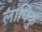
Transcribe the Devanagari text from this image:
लापिकु